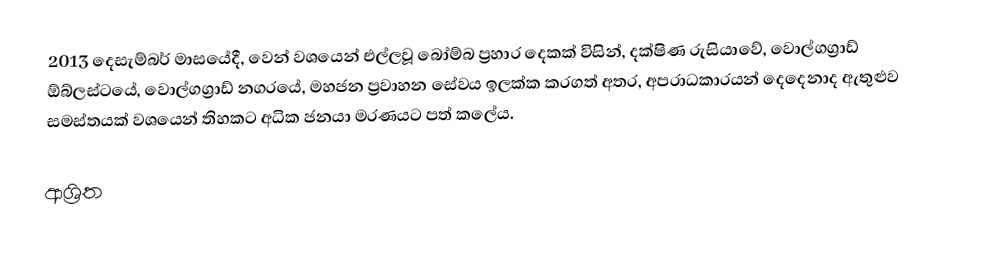
2013 දෙසැම්බර් මාසයේදී, වෙන් වශයෙන් එල්ලවූ බෝම්බ ප්‍රහාර දෙකක් විසින්, දක්ෂිණ රුසියාවේ,  වොල්ගග්‍රාඩ් ඕබ්ලස්ටයේ,  වොල්ගග්‍රාඩ් නගරයේ, මහජන ප්‍රවාහන සේවය ඉලක්ක කරගත් අතර, අපරාධකාරයන් දෙදෙනාද ඇතුළුව සමස්තයක් වශයෙන් තිහකට අධික ජනයා මරණයට පත් කලේය.

ආශ්‍රිත